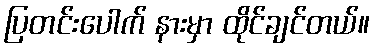
ပြတင်းပေါက် နားမှာ ထိုင်ချင်တယ်။